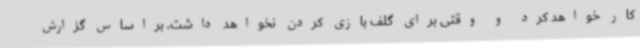
کار خواهد کرد و وقتی برای گلف بازی کردن نخواهد داشت. براساس گزارش